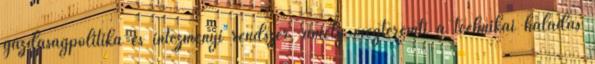
gazdaságpolitika és intézményi rendszer, amely megteremti a technikai haladás